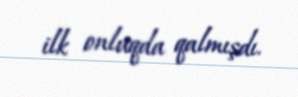
ilk onluqda qalmışdı.